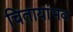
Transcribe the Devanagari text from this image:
चितायांभव